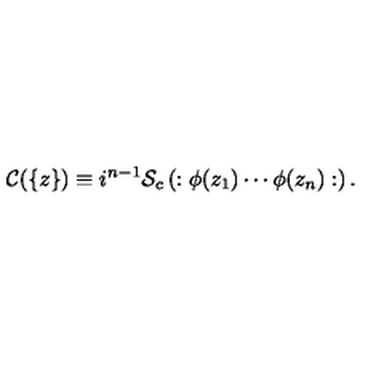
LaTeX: { \cal C } ( \{ z \} ) \equiv i ^ { n - 1 } { \cal S } _ { c } \left( : \phi ( z _ { 1 } ) \cdots \phi ( z _ { n } ) : \right) .